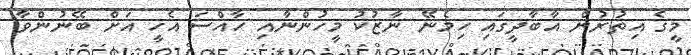
މީގެ އިތުރުން އާބާދީގައި ހިމެނޭ ނާޒުކު މީހުންނާއި ހާއްސަ އެހީ އަށް ބޭނުންވާ